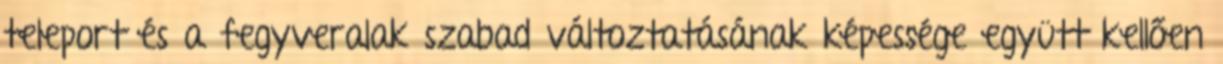
teleport és a fegyveralak szabad változtatásának képessége együtt kellően